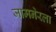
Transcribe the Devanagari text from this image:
जामनेरला